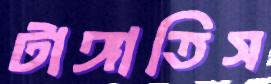
টাঙ্গাতিস